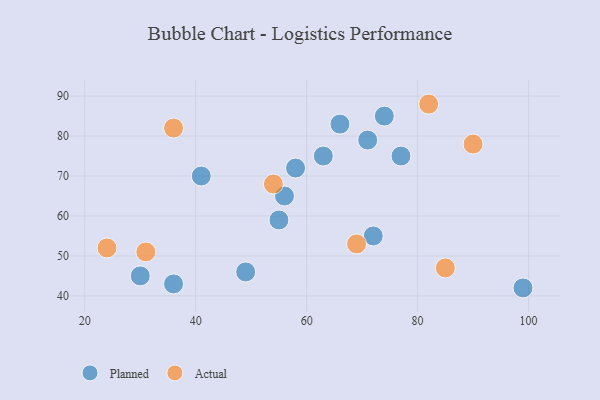
{"axis": {"x": "GDP", "y": "Life Expectancy"}, "legend": ["Actual", "Planned"], "data": [{"x": "56", "y": 65, "type": "Planned"}, {"x": "49", "y": 46, "type": "Planned"}, {"x": "66", "y": 83, "type": "Planned"}, {"x": "58", "y": 72, "type": "Planned"}, {"x": "71", "y": 79, "type": "Planned"}, {"x": "36", "y": 43, "type": "Planned"}, {"x": "74", "y": 85, "type": "Planned"}, {"x": "55", "y": 59, "type": "Planned"}, {"x": "77", "y": 75, "type": "Planned"}, {"x": "41", "y": 70, "type": "Planned"}, {"x": "99", "y": 42, "type": "Planned"}, {"x": "63", "y": 75, "type": "Planned"}, {"x": "30", "y": 45, "type": "Planned"}, {"x": "72", "y": 55, "type": "Planned"}, {"x": "31", "y": 51, "type": "Actual"}, {"x": "54", "y": 68, "type": "Actual"}, {"x": "85", "y": 47, "type": "Actual"}, {"x": "69", "y": 53, "type": "Actual"}, {"x": "24", "y": 52, "type": "Actual"}, {"x": "82", "y": 88, "type": "Actual"}, {"x": "36", "y": 82, "type": "Actual"}, {"x": "90", "y": 78, "type": "Actual"}]}